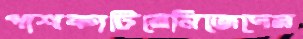
পাশকাটিয়েনিজেদের